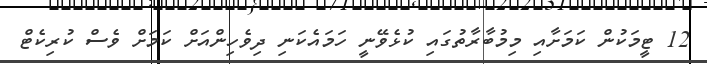
12 ޓީމަކުން ކަމަށާއި މިމުބާރާތުގައި ކުޅެވޭނީ ހަމައެކަނި ދިވެހިންއަށް ކަމަށް ވެސް ކުރިކެޓް